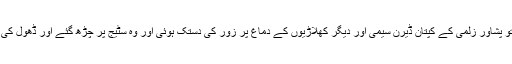
فرہاد ہمایوں نے جب ڈھول اور ڈرم بجایا تو پشاور زلمی کے کپتان ڈیرن سیمی اور دیگر کھلاڑیوں کے دماغ پر زور کی دستک ہوئی اور وہ سٹیج پر چڑھ گئے اور ڈھول کی تال پر قدم ملانے کی کوشش کرتے رہے۔